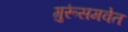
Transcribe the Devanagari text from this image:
गुरूंसमवेत